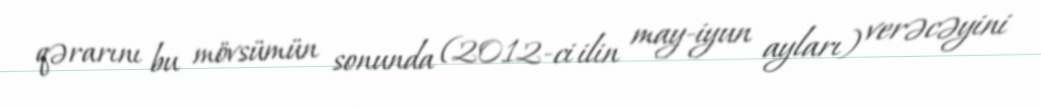
qərarını bu mövsümün sonunda (2012-ci ilin may-iyun ayları) verəcəyini